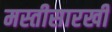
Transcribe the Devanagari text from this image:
मस्तीसारखी